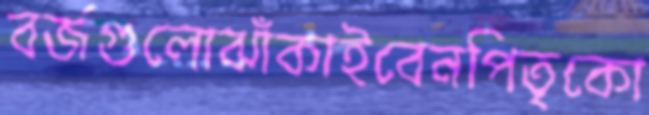
বর্জগুলোঝাঁকাইবেনপিতৃকো